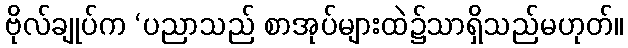
ဗိုလ်ချုပ်က ‘ပညာသည် စာအုပ်များထဲ၌သာရှိသည်မဟုတ်။